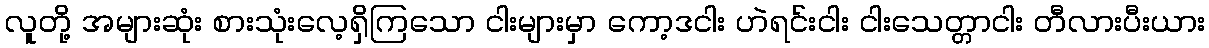
လူတို့ အများဆုံး စားသုံးလေ့ရှိကြသော ငါးများမှာ ကော့ဒငါး ဟဲရင်းငါး ငါးသေတ္တာငါး တီလားပီးယား